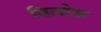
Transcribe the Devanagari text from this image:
बिलोक